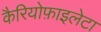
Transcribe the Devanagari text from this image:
कैरियोफ़ाइलेटा